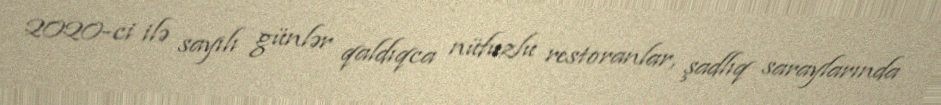
2020-ci ilə sayılı günlər qaldıqca nüfuzlu restoranlar, şadlıq saraylarında